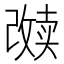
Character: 𱑑